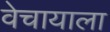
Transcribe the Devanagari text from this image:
वेचायाला